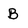
Character: B